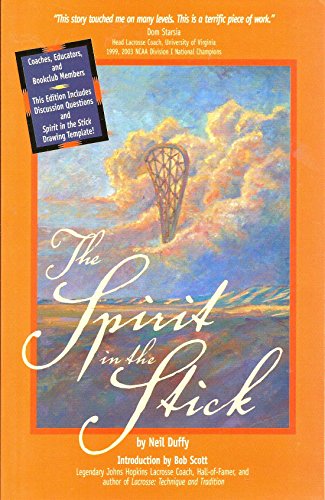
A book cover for The Spirit in the Stick; Neil Duffy; Sports & Outdoors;